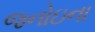
જનોઇના